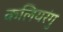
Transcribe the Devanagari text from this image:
कलियरंगु